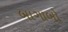
બાગાબો